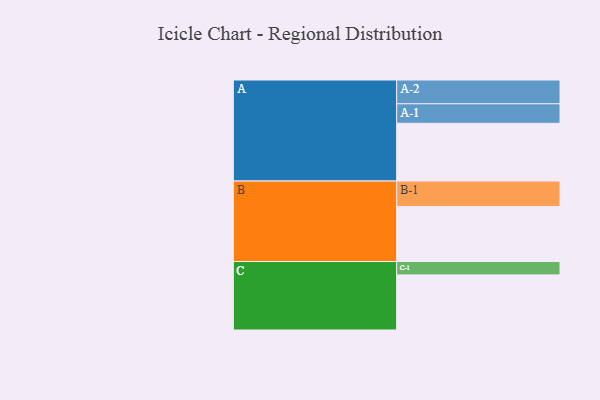
{"axis": {"x": "Segment", "y": "Value"}, "legend": ["", "A", "B", "C"], "data": [{"x": "A", "y": 566, "type": ""}, {"x": "B", "y": 539, "type": ""}, {"x": "C", "y": 540, "type": ""}, {"x": "A-1", "y": 191, "type": "A"}, {"x": "A-2", "y": 233, "type": "A"}, {"x": "B-1", "y": 249, "type": "B"}, {"x": "C-1", "y": 131, "type": "C"}]}